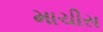
માચીસ